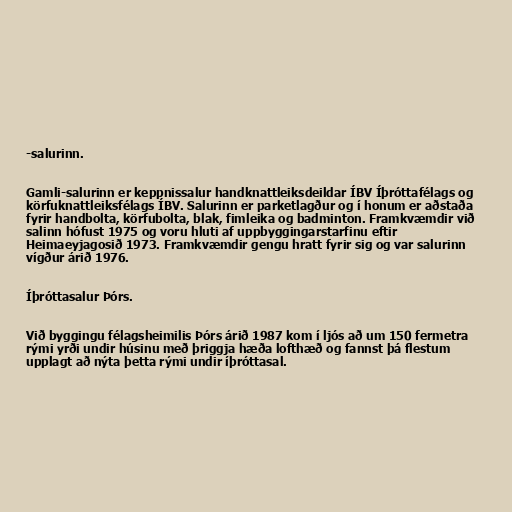
-salurinn.

Gamli-salurinn er keppnissalur handknattleiksdeildar ÍBV Íþróttafélags og
körfuknattleiksfélags ÍBV. Salurinn er parketlagður og í honum er aðstaða
fyrir handbolta, körfubolta, blak, fimleika og badminton. Framkvæmdir við
salinn hófust 1975 og voru hluti af uppbyggingarstarfinu eftir
Heimaeyjagosið 1973. Framkvæmdir gengu hratt fyrir sig og var salurinn
vígður árið 1976.

Íþróttasalur Þórs.

Við byggingu félagsheimilis Þórs árið 1987 kom í ljós að um 150 fermetra
rými yrði undir húsinu með þriggja hæða lofthæð og fannst þá flestum
upplagt að nýta þetta rými undir íþróttasal.